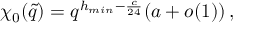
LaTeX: \chi _ { 0 } ( \tilde { q } ) = q ^ { h _ { m i n } - \frac { c } { 2 4 } } ( a + o ( 1 ) ) \, ,